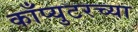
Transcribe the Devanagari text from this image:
काँप्युटरच्या